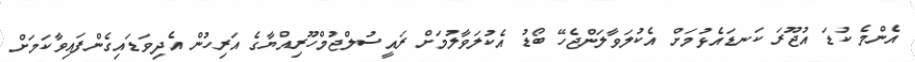
އެންމެ ކުޑަ އުޖޫރަ ކަނޑައެޅުމަށް އެކުލަވާލަންޖެހޭ ބޯޑު އެކުލަވާލުމަށް ރައީސުލްޖުމްހޫރިއްޔާގެ އަރިހުން އެދިވަޑައިގެންފައިވާކަމަށް